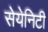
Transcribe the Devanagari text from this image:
सेयेनिटी